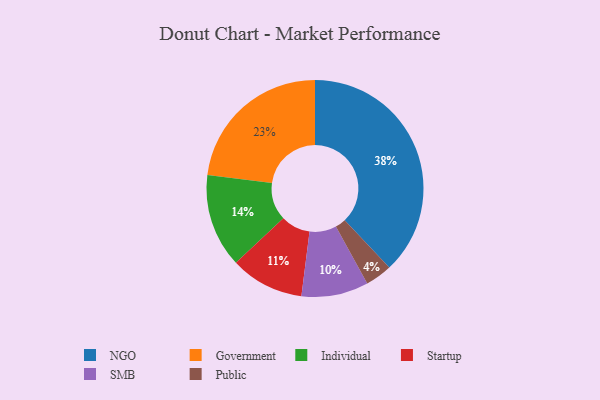
{"axis": {"x": "Category", "y": "Percentage"}, "legend": ["Government", "Individual", "NGO", "Public", "SMB", "Startup"], "data": [{"x": "Startup", "y": 11, "type": "Startup"}, {"x": "Individual", "y": 14, "type": "Individual"}, {"x": "SMB", "y": 10, "type": "SMB"}, {"x": "Public", "y": 4, "type": "Public"}, {"x": "Government", "y": 23, "type": "Government"}, {"x": "NGO", "y": 38, "type": "NGO"}]}